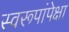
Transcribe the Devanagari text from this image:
स्वरूपांपेक्षा